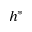
h ^ { * }